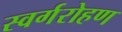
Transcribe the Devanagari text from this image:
स्वर्गरोहण